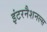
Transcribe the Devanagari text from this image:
इंटरनैशनल्स